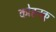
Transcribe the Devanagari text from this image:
कोहनकु